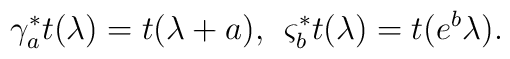
\gamma_a^{\ast}t(\lambda)=t(\lambda+a),\,\;\varsigma_b^{\ast}t(\lambda)=t(e^b\lambda).